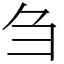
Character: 刍